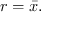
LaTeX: r = { \bar { x } } .